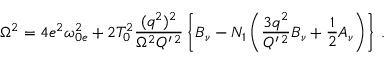
\Omega ^ { 2 } = 4 e ^ { 2 } \omega _ { 0 e } ^ { 2 } + 2 T _ { 0 } ^ { 2 } \frac { ( q ^ { 2 } ) ^ { 2 } } { \Omega ^ { 2 } { \cal Q } ^ { \prime \, 2 } } \left\{ B _ { \nu } - N _ { 1 } \left( \frac { 3 q ^ { 2 } } { { \cal Q } ^ { \prime \, 2 } } B _ { \nu } + \frac { 1 } { 2 } A _ { \nu } \right) \right\} \, .